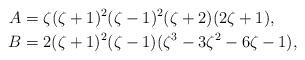
LaTeX: \begin{align*}A&=\zeta(\zeta+1)^2(\zeta-1)^2(\zeta+2)(2\zeta+1),\\B&=2(\zeta+1)^2(\zeta-1)(\zeta^3-3\zeta^2-6\zeta-1),\end{align*}